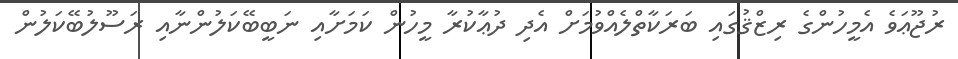
ރުޖޫޢަވެ އެމީހުންގެ ރިޒްޤުގައި ބަރަކާތްލެއްވުމަށް އެދި ދުޢާކުރާ މީހުން ކަމަށާއި ނަބީބޭކަލުންނާއި ރަސޫލުބޭކަލުން